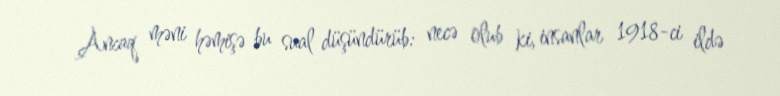
Ancaq məni həmişə bu sual düşündürüb: necə olub ki, insanlar 1918-ci ildə